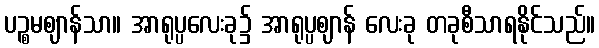
ပဉ္စမဈာန်သာ။ အာရုပ္ပလေးခု၌ အာရုပ္ပဈာန် လေးခု တခုစီသာရနိုင်သည်။